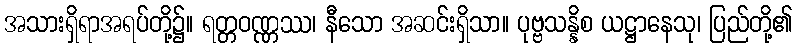
အသားရှိရာအရပ်တို့၌။ ရတ္တဝဏ္ဏဿ၊ နီသော အဆင်းရှိသာ။ ပုဗ္ဗသန္နိစ ယဋ္ဌာနေသု၊ ပြည်တို့၏